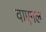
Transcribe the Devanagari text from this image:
वाएगल